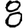
Digit: 8